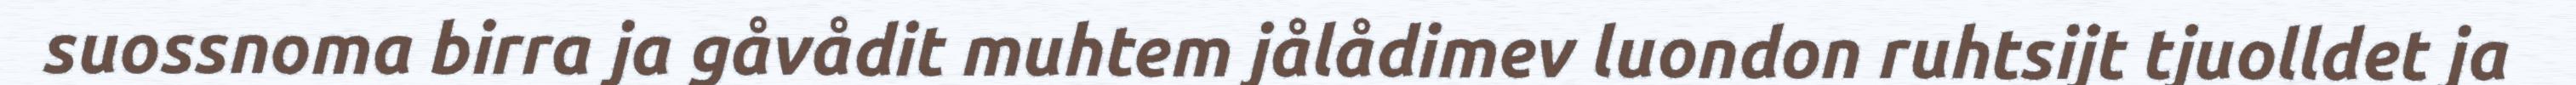
suossnoma birra ja gåvådit muhtem jålådimev luondon ruhtsijt tjuolldet ja